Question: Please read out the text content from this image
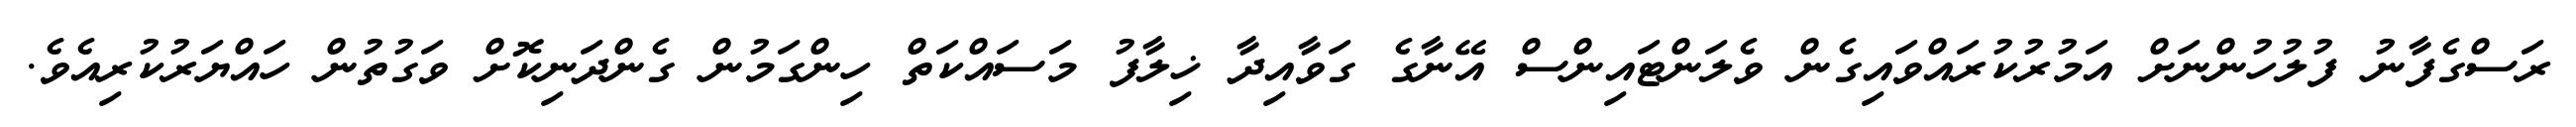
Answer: ރަސްގެފާނު ފުލުހުންނަށް އަމުރުކުރައްވައިގެން ވެލަންޓައިންސް އޭނާގެ ގަވާއިދާ ޚިލާފު މަސައްކަތް ހިންގަމުން ގެންދަނިކޮށް ވަގުތުން ހައްޔަރުކުރިއެވެ.